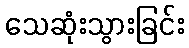
သေဆုံးသွားခြင်း